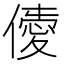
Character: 𠎹